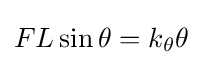
FL\sin \theta =k_{\theta }\theta